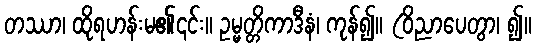
တဿာ၊ ထိုရဟန်းမ၏၎င်း။ ဥမ္မတ္တိကာဒီနံ၊ ကုန်၍။ (ဝိညာပေတွာ၊ ၍။